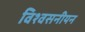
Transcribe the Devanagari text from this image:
विश्वसनीयन